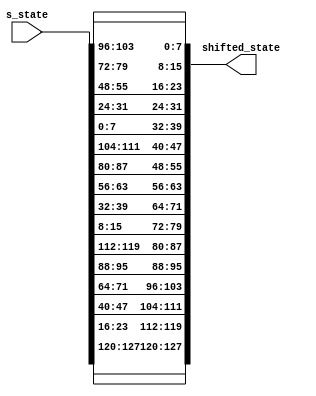
`timescale 1ns / 1ps
//////////////////////////////////////////////////////////////////////////////////
module inv_shift_row(
    // input wire clk,
    // input wire reset,
    input [0:127] s_state,
    output [0:127] shifted_state);

    wire [0:127] shifted_state_temp;

// 0||4||8||12
// 1||5||9||13
// 2||6||10||14
// 3||7||11||15

    assign shifted_state_temp[0:7]   = s_state[0:7];//0 
    assign shifted_state_temp[8:15]   = s_state[104:111];//0 
    assign shifted_state_temp[16:23]   = s_state[80:87];//0
    assign shifted_state_temp[24:31]   = s_state[56:63];//0  

    assign shifted_state_temp[32:39]   = s_state[32:39];//0 
    assign shifted_state_temp[40:47] = s_state[8:15];//5
    assign shifted_state_temp[48:55] = s_state[112:119];//9
    assign shifted_state_temp[56:63] = s_state[88:95];//13

    //row3
    assign shifted_state_temp[64:71] = s_state[64:71];//2
    assign shifted_state_temp[72:79] = s_state[40:47];//6
    assign shifted_state_temp[80:87] = s_state[16:23];//10
    assign shifted_state_temp[88:95] = s_state[120:127];//14

    //row4
    assign shifted_state_temp[96:103] = s_state[96:103];//3
    assign shifted_state_temp[104:111] = s_state[72:79];//7
    assign shifted_state_temp[112:119] = s_state[48:55];//11
    assign shifted_state_temp[120:127] = s_state[24:31];//15

  //   always @(posedge clk or negedge reset)
	// begin
	assign shifted_state = shifted_state_temp;

    // end
endmodule


module tb_shiftrow();
    // reg clk, reset;
	reg [0:127] inText;
	wire [0:127] outText;
	
    inv_shift_row shTest(
      //   .clk(clk),
	    // .reset(reset),
	    .s_state(inText),
	    .shifted_state(outText));
// initial 
//   begin
//     reset = 1;
//     #5 reset = 0;
//     #10 reset = 1;
//   end
  
//   initial 
//   begin
//     clk = 0;
//     forever clk = #5 ~clk;
//   end
    initial
    begin

    //in_key = 128'h0105090d02060a0e03070b0f04080c10; #10;
    
    inText = 128'h216242c6db17a2abe6388d1dfa3c6260; #10;

	    // key = 128'h0102030405060708090a0b0c0d0e0f10;
    	inText = 128'h21dbe6fa6217383c42a28d62c6ab1d60;
	end
    	initial begin $monitor ("%t: in_key=%h,out_key=%h", $time, inText, outText);
	//key = 128'h2b28ab097eaef7cf15d2154f16a6883c;
	//data= 128'h69c4e0d86a7b0430d8cdb78070b4c55a;
    end
endmodule